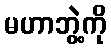
မဟာဘွဲ့ကို